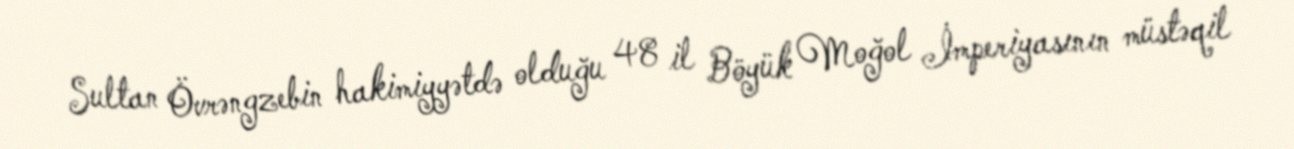
Sultan Övrəngzebin hakimiyyətdə olduğu 48 il Böyük Moğol İmperiyasının müstəqil